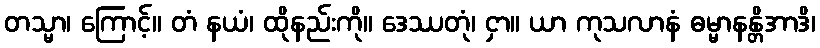
တသ္မာ၊ ကြောင့်။ တံ နယံ၊ ထိုနည်းကို။ ဒေဿတုံ၊ ငှာ။ ယာ ကုသလာနံ ဓမ္မာနန္တိအာဒိ၊